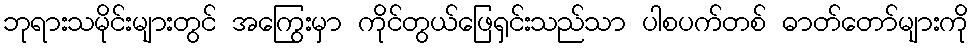
ဘုရားသမိုင်းများတွင် အကြွေးမှာ ကိုင်တွယ်ဖြေရှင်းသည်သာ ပါစပက်တစ် ဓာတ်တော်များကို